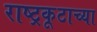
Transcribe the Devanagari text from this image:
राष्ट्रकूटाच्या